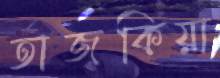
তাজকিয়া